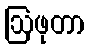
ဩဖုတာ